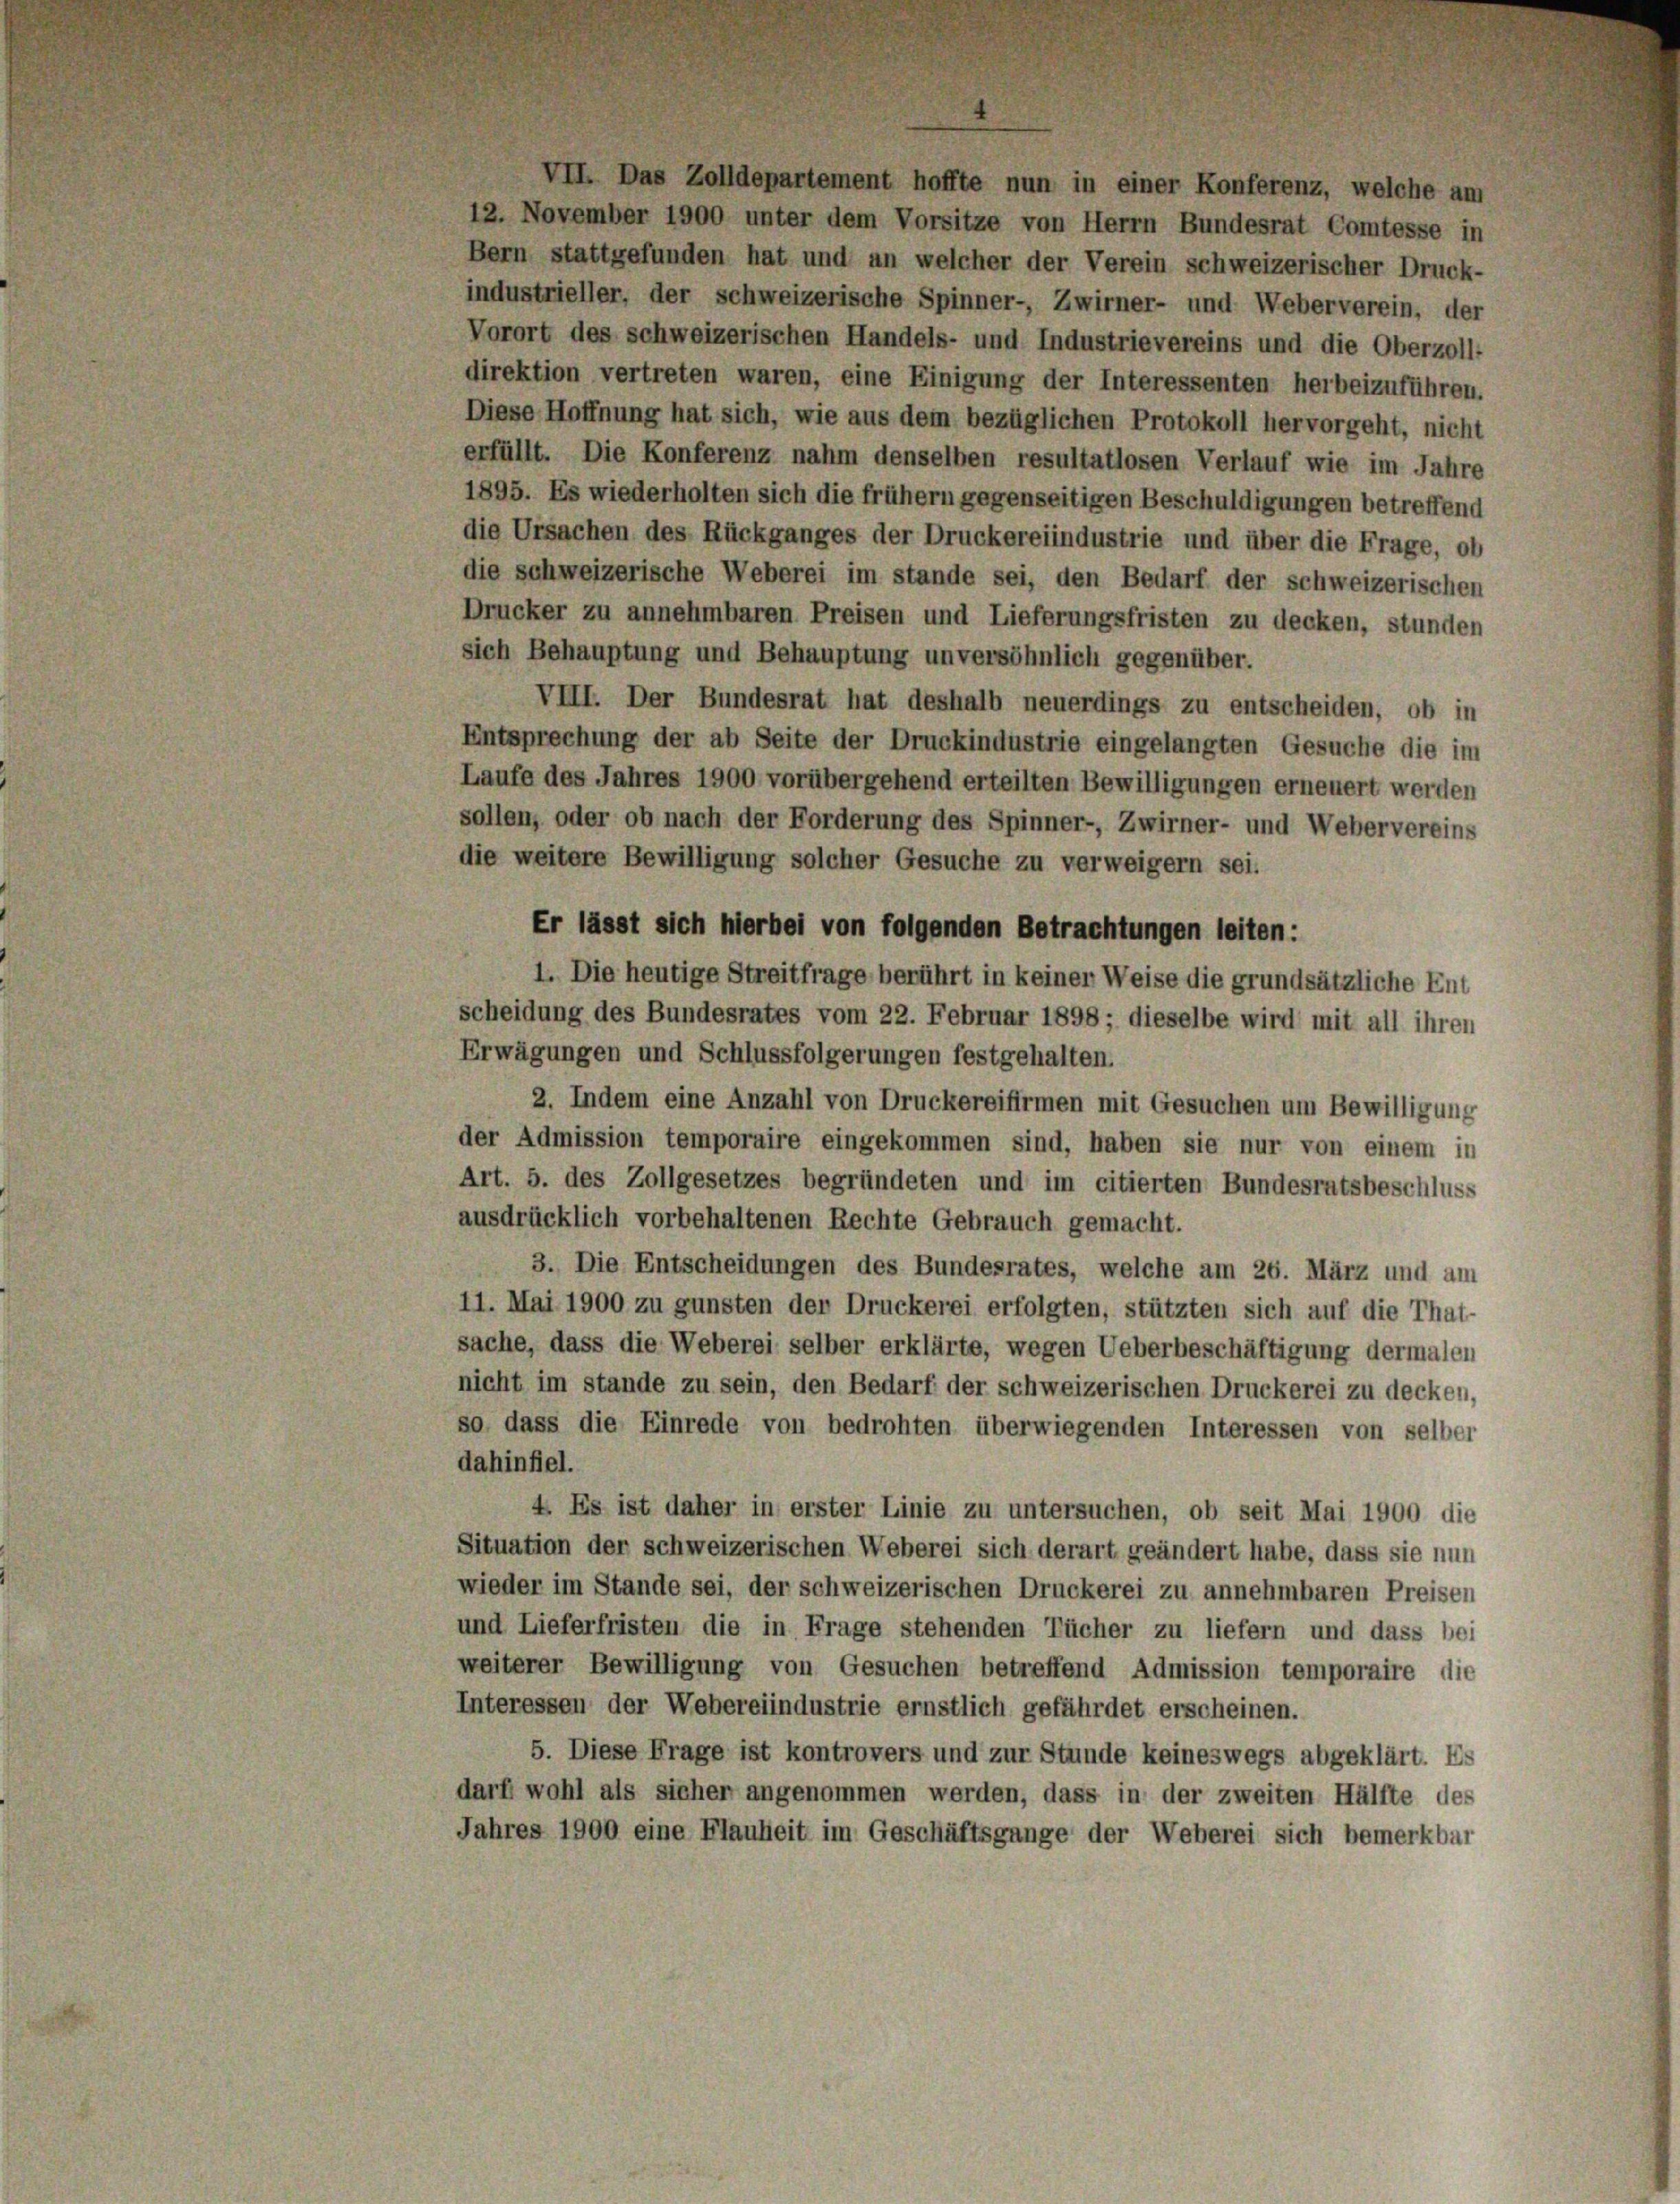
VII. Das Zolldepartement hoffte nun in einer Konferenz, welche am
12. November 1900 unter dem Vorsitze von Herrn Bundesrat Comtesse in
Bern stattgefunden hat und an welcher der Verein schweizerischer Druck-
industrieller, der schweizerische Spinner-, Zwirner- und Weberverein, der
Vorort des schweizerischen Handels- und Industrievereins und die Oberzoll-
direktion vertreten waren, eine Einigung der Interessenten herbeizuführen.
Diese Hoffnung hat sich, wie aus dem bezüglichen Protokoll hervorgeht, nicht
erfüllt. Die Konferenz nahm denselben resultatlosen Verlauf wie im Jahre
1895. Es wiederholten sich die frühem gegenseitigen Beschuldigungen betreffend
die Ursachen des Rückganges der Druckereiindustrie und über die Frage, ob
die schweizerische Weberei im stande sei, den Bedarf der schweizerischen
Drucker zu annehmbaren Preisen und Lieferungsfristen zu decken, stunden
sich Behauptung und Behauptung unversöhnlich gegenüber.
VIII. Der Bundesrat hat deshalb neuerdings zu entscheiden, ob in
Entsprechung der ab Seite der Druckindustrie eingelangten Gesuche die im
Laufe des Jahres 1900 vorübergehend erteilten Bewilligungen erneuert werden
sollen, oder ob nach der Forderung des Spinner-, Zwirner- und Webervereins
die weitere Bewilligung solcher Gesuche zu verweigern sei.
Er lässt sich hierbei von folgenden Betrachtungen leiten:
I. Die heutige Streitfrage berührt in keinen Weise die grundsätzliche Ent
scheidung des Bundesrates vom 22. Februar 1898; dieselbe wird mit all ihren
Erwägungen und Schlussfolgerungen festgehalten.
2. Indem eine Anzahl von Druckereifirmen mit Gesuchen um Bewilligung
der Admission temporaire eingekommen sind, haben sie nur von einem in
Art. 5. des Zollgesetzes begründeten und im citierten Bundesratsbeschluss
ausdrücklich vorbehaltenen Rechte Gebrauch gemacht.
3. Die Entscheidungen des Bundesrates, welche am 26. März und am
11. Mai 1900 zu gunsten der Druckerei erfolgten, stützten sich auf die That-
sache, dass die Weberei selber erklärte, wegen Ueberbeschäftigung dermalen
nicht im stande zu sein, den Bedarf der schweizerischen Druckerei zu decken,
so dass die Einrede von bedrohten überwiegenden Interessen von selber
dahinfiel.
4. Es ist daher in erster Linie zu untersuchen, ob seit Mai 1900 die
Situation der schweizerischen Weberei sich derart geändert habe, dass sie nun
wieder im Stande sei, der schweizerischen Druckerei zu annehmbaren Preisen
und Lieferfristen die in Frage stehenden Tücher zu liefern und dass bei
weiterer Bewilligung von Gesuchen betreffend Admission temporaire die
Interessen der Webereiindustrie ernstlich gefährdet erscheinen.
5. Diese Frage ist kontrovers und zur Stunde keineswegs abgeklärt. Es
darf wohl als sicher angenommen werden, dass in der zweiten Hälfte des
Jahres 1900 eine Flauheit im Geschäftsgange der Weberei sich bemerkbar